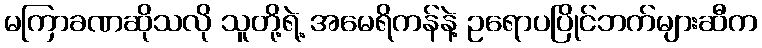
မကြာခဏဆိုသလို သူတို့ရဲ့ အမေရိကန်နဲ့ ဥရောပပြိုင်ဘက်များဆီက